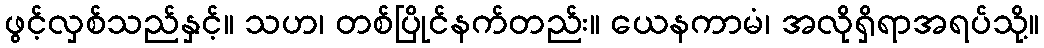
ဖွင့်လှစ်သည်နှင့်။ သဟ၊ တစ်ပြိုင်နက်တည်း။ ယေနကာမံ၊ အလိုရှိရာအရပ်သို့။